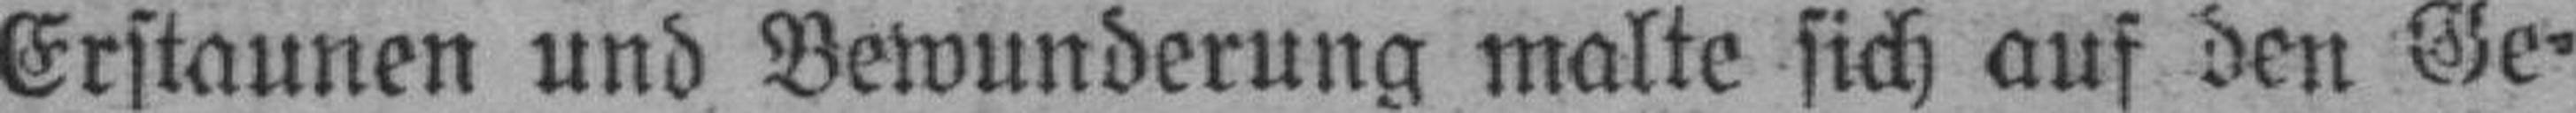
Erstaunen und Bewunderung malte sich auf den Ge¬